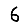
Digit: 6